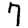
Digit: 7